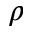
\rho